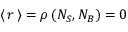
\left< \, r \, \right> = \rho \, ( N _ { S } , N _ { B } ) = 0